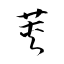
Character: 莢